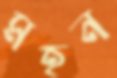
মহন